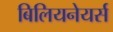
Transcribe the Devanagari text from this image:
बिलियनेयर्स